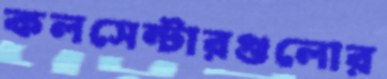
কলসেন্টারগুলোর